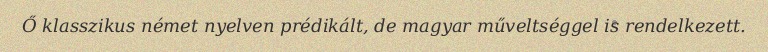
Ő klasszikus német nyelven prédikált, de magyar műveltséggel is rendelkezett.